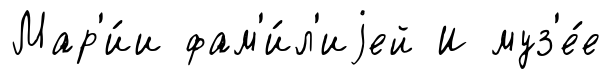
Мар'и́и фам'и́л'иjей И муз'е́е